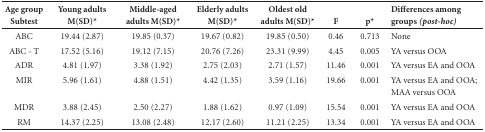
<table><thead><tr><td><b>Age groupSubtest</b></td><td><b>Young adults M(SD)*</b></td><td><b>Middle-aged adults M(SD)*</b></td><td><b>Elderly adults M(SD)*</b></td><td><b>Oldest old adults M(SD)*</b></td><td><b>F</b></td><td><b>p*</b></td><td><b>Differences among groups<i>(post-hoc)</i></b></td></tr></thead><tbody><tr><td>ABC</td><td>19.44 (2.87)</td><td>19.85 (0.37)</td><td>19.67 (0.82)</td><td>19.85 (0.50)</td><td>0.46</td><td>0.713</td><td>None</td></tr><tr><td>ABC - T</td><td>17.52 (5.16)</td><td>19.12 (7.15)</td><td>20.76 (7.26)</td><td>23.31 (9.99)</td><td>4.45</td><td>0.005</td><td>YA versus OOA</td></tr><tr><td>ADR</td><td>4.81 (1.97)</td><td>3.38 (1.92)</td><td>2.75 (2.03)</td><td>2.71 (1.57)</td><td>11.46</td><td>0.001</td><td>YA versus EA and OOA</td></tr><tr><td>MIR</td><td>5.96 (1.61)</td><td>4.88 (1.51)</td><td>4.42 (1.35)</td><td>3.59 (1.16)</td><td>19.66</td><td>0.001</td><td>YA versus EA and OOA; MAA versus OOA</td></tr><tr><td>MDR</td><td>3.88 (2.45)</td><td>2.50 (2.27)</td><td>1.88 (1.62)</td><td>0.97 (1.09)</td><td>15.54</td><td>0.001</td><td>YA versus EA and OOA</td></tr><tr><td>RM</td><td>14.37 (2.25)</td><td>13.08 (2.48)</td><td>12.17 (2.60)</td><td>11.21 (2.25)</td><td>13.34</td><td>0.001</td><td>YA versus EA and OOA</td></tr></tbody></table>